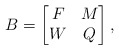
\begin{align*}B=\begin{bmatrix} F & M \\ W & Q\end{bmatrix},\end{align*}